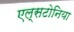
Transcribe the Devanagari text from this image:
एल्सटोनिया